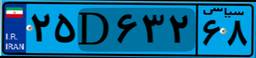
۲۵D۶۳۲۶۸